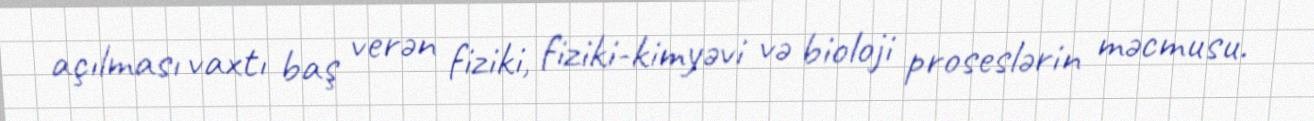
açılması vaxtı baş verən fiziki, fiziki-kimyəvi və bioloji proseslərin məcmusu.